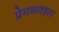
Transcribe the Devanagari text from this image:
प्रेमव्यवहार